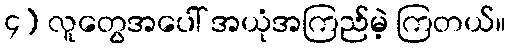
၄) လူတွေအပေါ် အယုံအကြည်မဲ့ ကြတယ်။